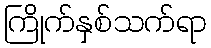
ကြိုက်နှစ်သက်ရာ